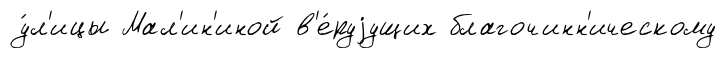
у́л'ицы Мал'ин'иной в'е́руjущих благочинн'ическому